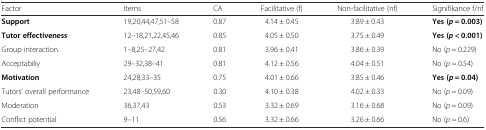
| Factor | Items | CA | Facilitative (f) | Non-facilitative (nf) | Signifikance f/nf |
 | --- | --- | --- | --- | --- | --- |
 | Support | 19,20,44,47,51–58 | 0.87 | 4.14 ± 0.45 | 3.89 ± 0.43 | Yes (p = 0.003) |
 | Tutor effectiveness | 12–18,21,22,45,46 | 0.85 | 4.05 ± 0.50 | 3.75 ± 0.49 | Yes (p < 0.001) |
 | Group interaction | 1–8,25–27,42 | 0.81 | 3.96 ± 0.41 | 3.86 ± 0.39 | No (p = 0.229) |
 | Acceptabiliy | 29–32,38–41 | 0.81 | 4.12 ± 0.56 | 4.04 ± 0.51 | No (p = 0.54) |
 | Motivation | 24,28,33–35 | 0.75 | 4.01 ± 0.66 | 3.85 ± 0.46 | Yes (p = 0.04) |
 | Tutors’ overall performance | 23,48–50,59,60 | 0.30 | 4.10 ± 0.38 | 4.02 ± 0.33 | No (p = 0.09) |
 | Moderation | 36,37,43 | 0.53 | 3.32 ± 0.69 | 3.16 ± 0.68 | No (p = 0.09) |
 | Conflict potential | 9–11 | 0.56 | 3.32 ± 0.66 | 3.26 ± 0.66 | No (p = 0.6) |